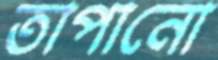
তাপানো